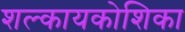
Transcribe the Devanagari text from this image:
शल्कायकोशिका